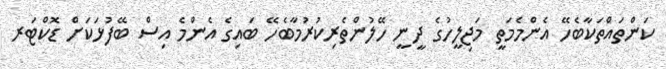
ކަންތައްތަކާބެހޭ އެންމެމަތީ މަޖިލީހުގެ ދީނީ ހޭލުންތެރިކުރުމާބެހޭ ބައިގެ އެންމެ އިސް ބޭފުޅަކަށް ޑޮކްޓަރ